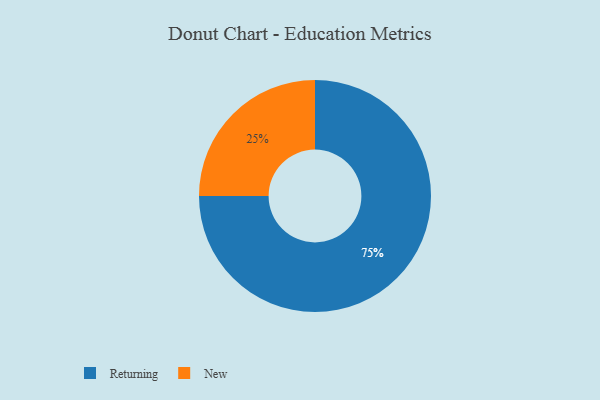
{"axis": {"x": "Category", "y": "Percentage"}, "legend": ["New", "Returning"], "data": [{"x": "New", "y": 25, "type": "New"}, {"x": "Returning", "y": 75, "type": "Returning"}]}